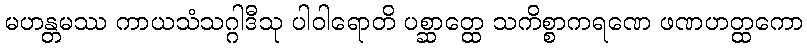
မဟန္တမဿ ကာယသံသဂ္ဂါဒီသု ပါဝါရောတိ ပစ္ဆာတ္ထေ သကိစ္စာကရဏေ ဖဏဟတ္ထကော